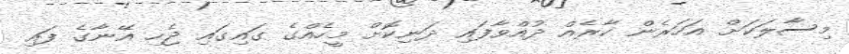
މިސާލަކަށް އަހަރެން ކާރެއް ދުއްވާފައި ދަނިކޮށް މީހެއްގެ ގައިގައި ޖެހި އޭނާގެ ފައި